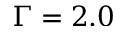
\Gamma = 2 . 0